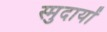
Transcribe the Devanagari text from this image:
स्मुदायों